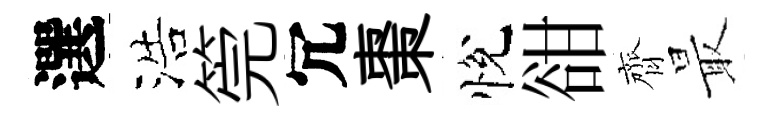
選浩筦冗棗悅𧮳齊最